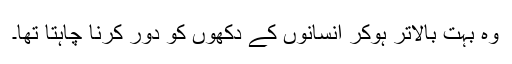
وہ بہت بالاتر ہوکر انسانوں کے دکھوں کو دور کرنا چاہتا تھا۔